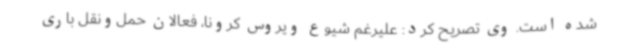
شده است. وی تصریح کرد: علیرغم شیوع ویروس کرونا، فعالان حمل‌ونقل باری